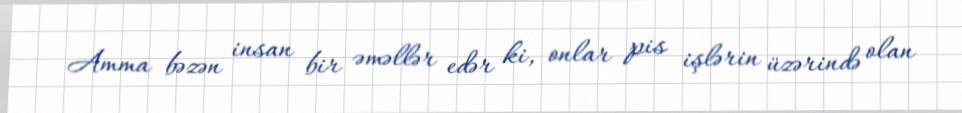
Amma bəzən insan bir əməllər edər ki, onlar pis işlərin üzərində olan